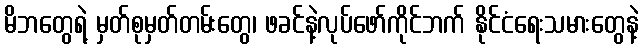
မိဘတွေရဲ့ မှတ်စုမှတ်တမ်းတွေ၊ ဖခင်နဲ့လုပ်ဖော်ကိုင်ဘက် နိုင်ငံရေးသမားတွေနဲ့